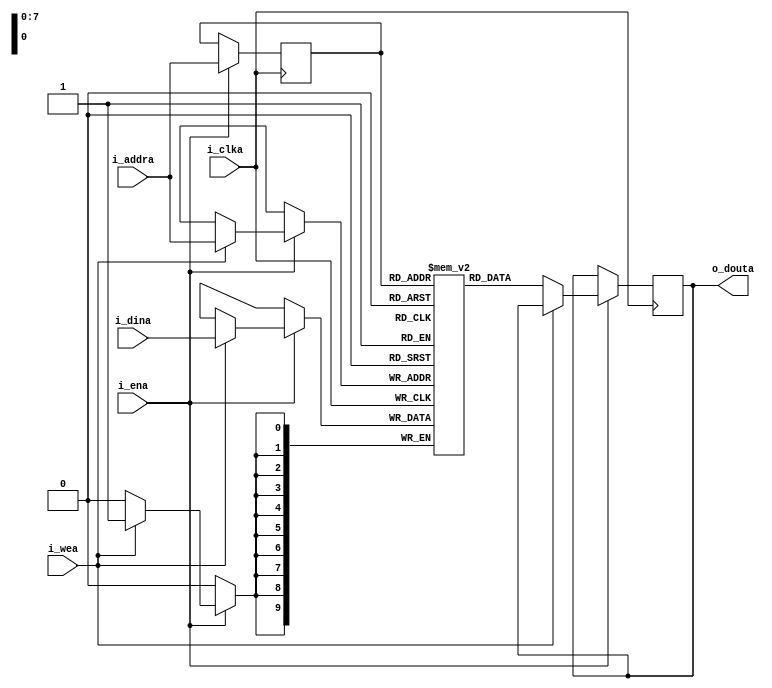
module sram
(
    input           i_clka    ,
    input           i_ena     ,
    input           i_wea     ,
    input   [7:0]   i_addra   ,
    input   [9:0]   i_dina    ,


    output  [9:0]   o_douta
);

    /**********************************************************/
    generate
    genvar  idx;
    for (idx = 0; idx < 256; idx = idx+1) begin : sram_data
       wire [9:0] mem_sell;
       assign mem_sell = sram[idx];
    end
    endgenerate
    /**********************************************************/

    reg     [9:0]   sram [0:255];
    reg     [7:0]   r_addra;
    reg     [9:0]   r_douta;

    /* write */
    always @ (posedge i_clka) begin
        if (i_ena) begin
            if (i_wea) begin
                sram[i_addra] <= i_dina;
            end
            r_addra <= i_addra; 
        end 
    end

    /* read */
    always @ (posedge i_clka) begin
        if (i_ena) begin
            if (!i_wea)
                r_douta = sram[r_addra];
        end
    end
  
    assign o_douta = r_douta;
endmodule